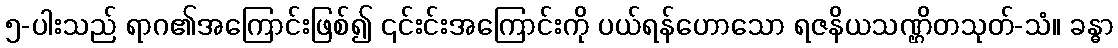
၅-ပါးသည် ရာဂ၏အကြောင်းဖြစ်၍ ၎င်းင်းအကြောင်းကို ပယ်ရန်ဟောသော ရဇနိယသဏ္ဌိတသုတ်-သံ။ ခန္ဓာ